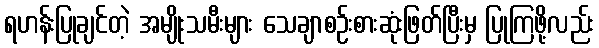
ရဟန်းပြုချင်တဲ့ အမျိုးသမီးများ သေချာစဉ်းစားဆုံးဖြတ်ပြီးမှ ပြုကြဖို့လည်း